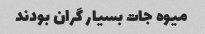
میوه جات بسیار گران بودند